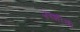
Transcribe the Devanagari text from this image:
फ़ाशीची